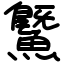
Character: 鱀